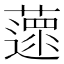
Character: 𦿚